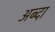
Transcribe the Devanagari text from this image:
अब्दा